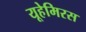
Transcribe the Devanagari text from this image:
यूहेमिरस